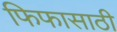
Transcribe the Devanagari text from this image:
फिफासाठी